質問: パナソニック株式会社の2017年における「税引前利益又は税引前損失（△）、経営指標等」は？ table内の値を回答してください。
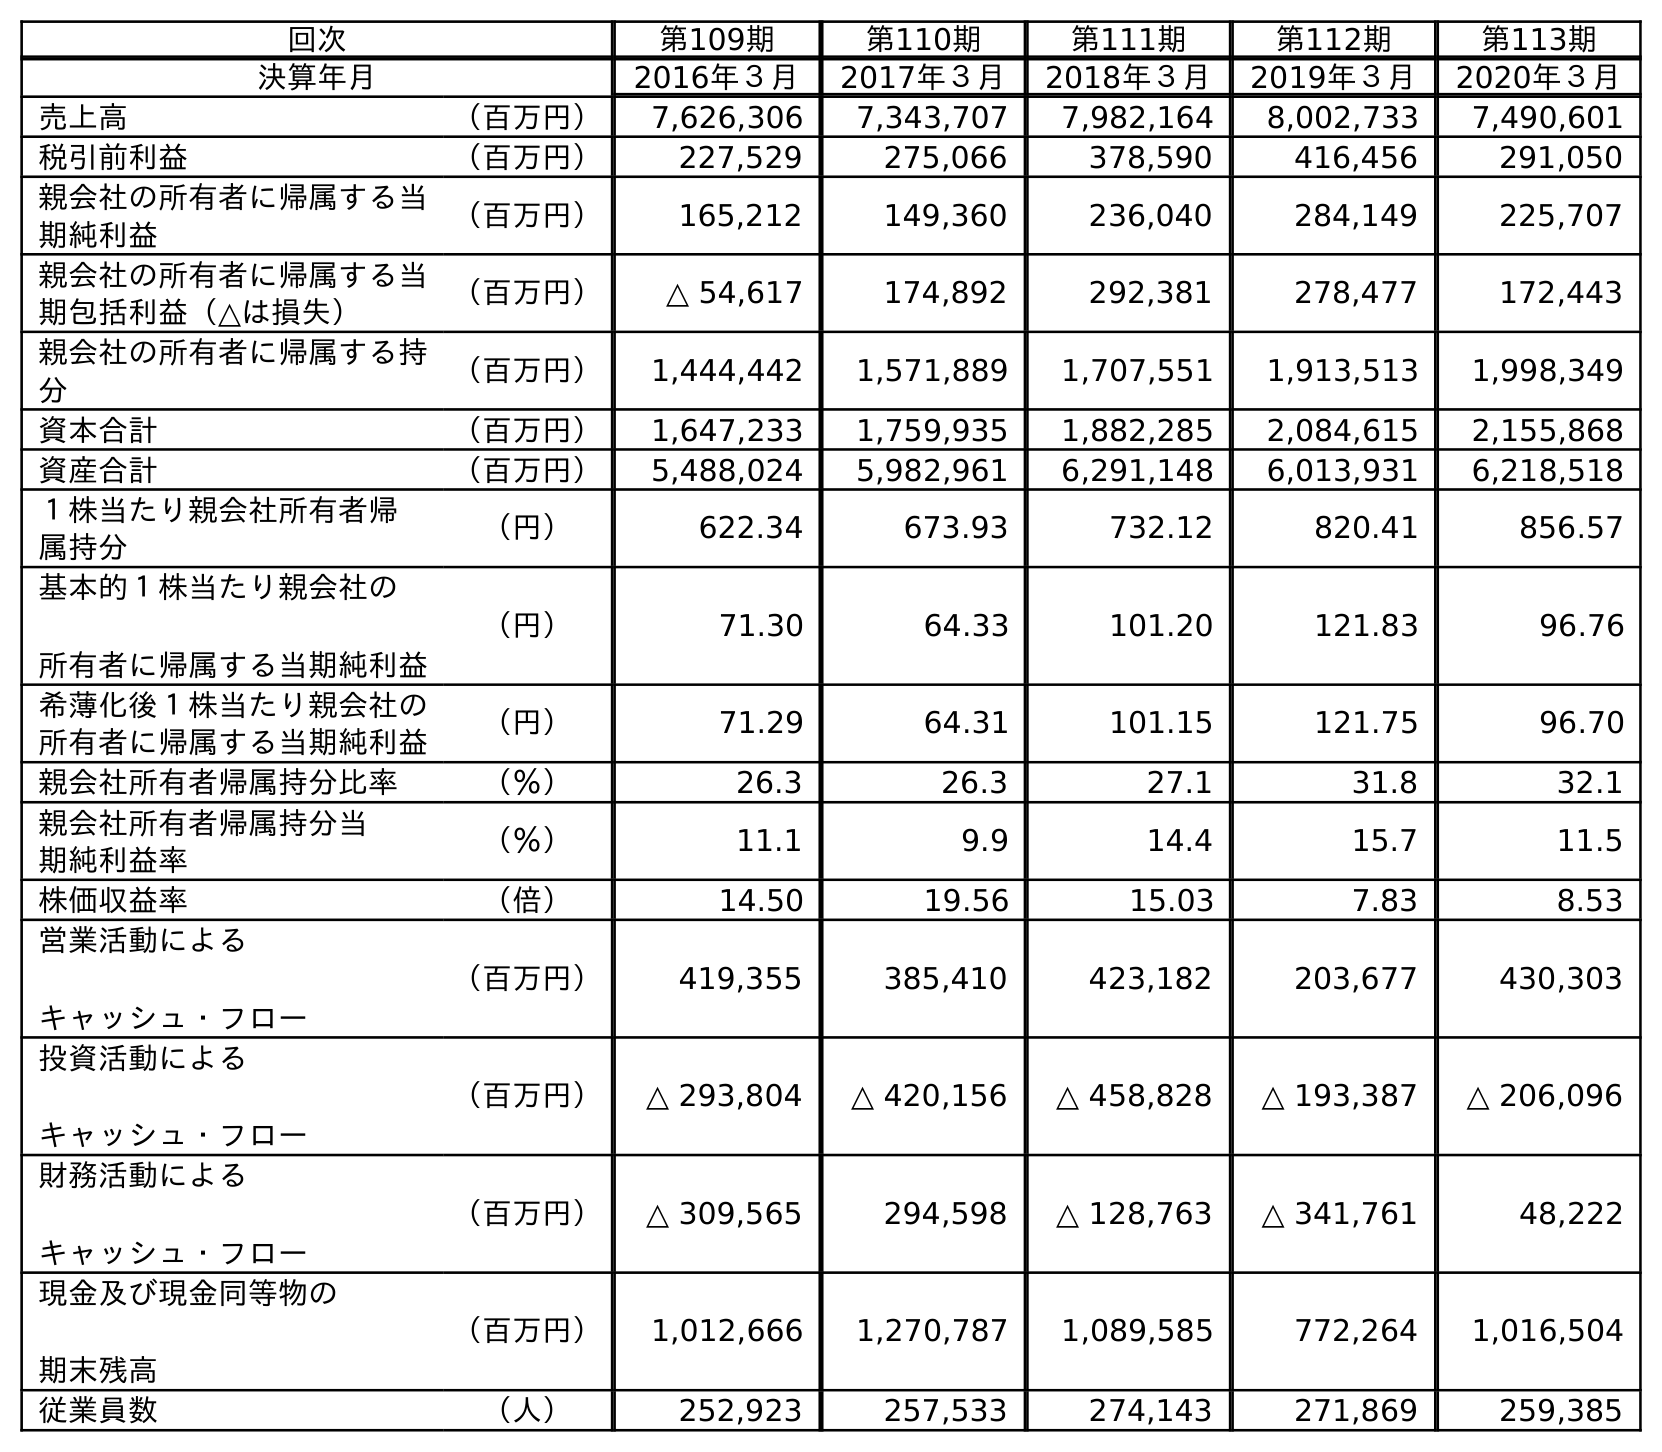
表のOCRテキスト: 回次 第109期 第110期 第111期 第112期 第113期 決算年月 2016年３月 2017年３月 2018年３月 2019年３月 2020年３月 売上高 （百万円） 7,626,306 7,343,707 7,982,164 8,002,733 7,490,601 税引前利益 （百万円） 227,529 275,066 378,590 416,456 291,050 親会社の所有者に帰属する当 期純利益 （百万円） 165,212 149,360 236,040 284,149 225,707 親会社の所有者に帰属する当 期包括利益（△は損失） （百万円） △ 54,617 174,892 292,381 278,477 172,443 親会社の所有者に帰属する持 分 （百万円） 1,444,442 1,571,889 1,707,551 1,913,513 1,998,349 資本合計 （百万円） 1,647,233 1,759,935 1,882,285 2,084,615 2,155,868 資産合計 （百万円） 5,488,024 5,982,961 6,291,148 6,013,931 6,218,518 １株当たり親会社所有者帰 属持分 （円） 622.34 673.93 732.12 820.41 856.57 基本的１株当たり親会社の 所有者に帰属する当期純利益 （円） 71.30 64.33 101.20 121.83 96.76 希薄化後１株当たり親会社の 所有者に帰属する当期純利益 （円） 71.29 64.31 101.15 121.75 96.70 親会社所有者帰属持分比率 （％） 26.3 26.3 27.1 31.8 32.1 親会社所有者帰属持分当 期純利益率 （％） 11.1 9.9 14.4 15.7 11.5 株価収益率 （倍） 14.50 19.56 15.03 7.83 8.53 営業活動による キャッシュ・フロー （百万円） 419,355 385,410 423,182 203,677 430,303 投資活動による キャッシュ・フロー （百万円） △ 293,804 △ 420,156 △ 458,828 △ 193,387 △ 206,096 財務活動による キャッシュ・フロー （百万円） △ 309,565 294,598 △ 128,763 △ 341,761 48,222 現金及び現金同等物の 期末残高 （百万円） 1,012,666 1,270,787 1,089,585 772,264 1,016,504 従業員数 （人） 252,923 257,533 274,143 271,869 259,385
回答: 275,066